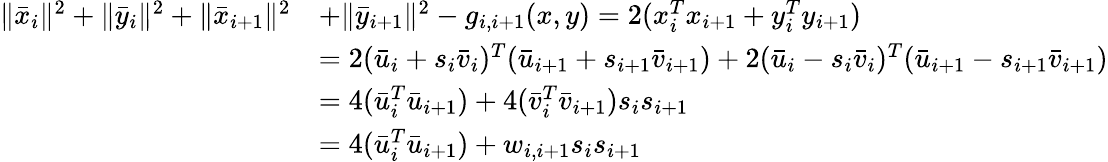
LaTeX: \begin{array}{rl}{\| \bar{x}_{i}\| ^{2}+\| \bar{y}_{i}\| ^{2}+\| \bar{x}_{i+1}\| ^{2}}&{+\| \bar{y}_{i+1}\| ^{2}-g_{i,i+1}(x,y)=2(x_{i}^{T}x_{i+1}+y_{i}^{T}y_{i+1})\, }\\ &{=2(\bar{u}_{i}+s_{i}\bar{v}_{i})^{T}(\bar{u}_{i+1}+s_{i+1}\bar{v}_{i+1})+2(\bar{u}_{i}-s_{i}\bar{v}_{i})^{T}(\bar{u}_{i+1}-s_{i+1}\bar{v}_{i+1})}\\ &{=4(\bar{u}_{i}^{T}\bar{u}_{i+1})+4(\bar{v}_{i}^{T}\bar{v}_{i+1})s_{i}s_{i+1}}\\ &{=4(\bar{u}_{i}^{T}\bar{u}_{i+1})+w_{i,i+1}s_{i}s_{i+1}}\end{array}